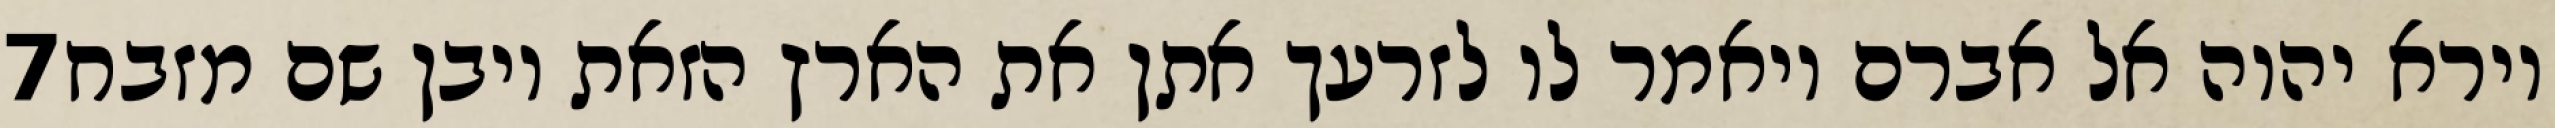
‎7‏ וירא יהוה אל אברם ויאמר לו לזרעך אתן את הארץ הזאת ויבן שם מזבח